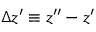
\Delta z ^ { \prime } \equiv z ^ { \prime \prime } - z ^ { \prime }